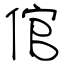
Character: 倌